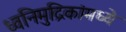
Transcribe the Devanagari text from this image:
ध्वनिमुद्रिकांमध्ये